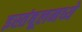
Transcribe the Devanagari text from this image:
इस्तंबूलमध्ये